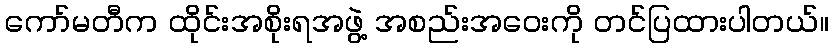
ကော်မတီက ထိုင်းအစိုးရအဖွဲ့ အစည်းအဝေးကို တင်ပြထားပါတယ်။